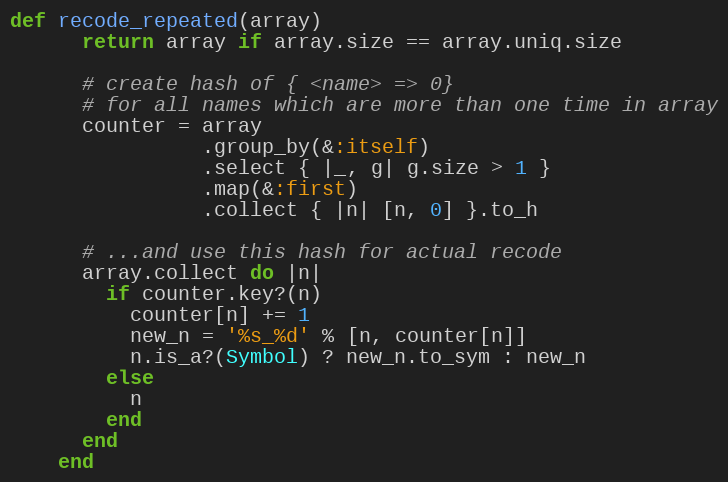
Language: Ruby
def recode_repeated(array)
      return array if array.size == array.uniq.size

      # create hash of { <name> => 0}
      # for all names which are more than one time in array
      counter = array
                .group_by(&:itself)
                .select { |_, g| g.size > 1 }
                .map(&:first)
                .collect { |n| [n, 0] }.to_h

      # ...and use this hash for actual recode
      array.collect do |n|
        if counter.key?(n)
          counter[n] += 1
          new_n = '%s_%d' % [n, counter[n]]
          n.is_a?(Symbol) ? new_n.to_sym : new_n
        else
          n
        end
      end
    end